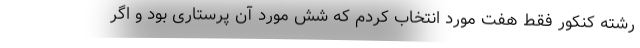
رشته کنکور فقط هفت مورد انتخاب کردم که شش مورد آن پرستاری بود و اگر